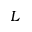
L